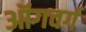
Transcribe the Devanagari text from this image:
ऑगवर्ग